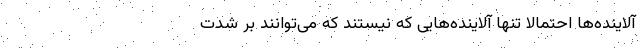
آلاینده‌ها احتمالاً تنها آلاینده‌هایی که نیستند که می‌توانند بر شدت